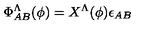
\Phi _ { A B } ^ { \Lambda } ( \phi ) = X ^ { \Lambda } ( \phi ) \epsilon _ { A B }